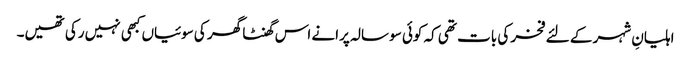
اہلیانِ شہر کے لئے فخر کی بات تھی کہ کوئی سو سالہ پرانے اس گھنٹا گھر کی سوئیاں کبھی نہیں رکی تھیں۔